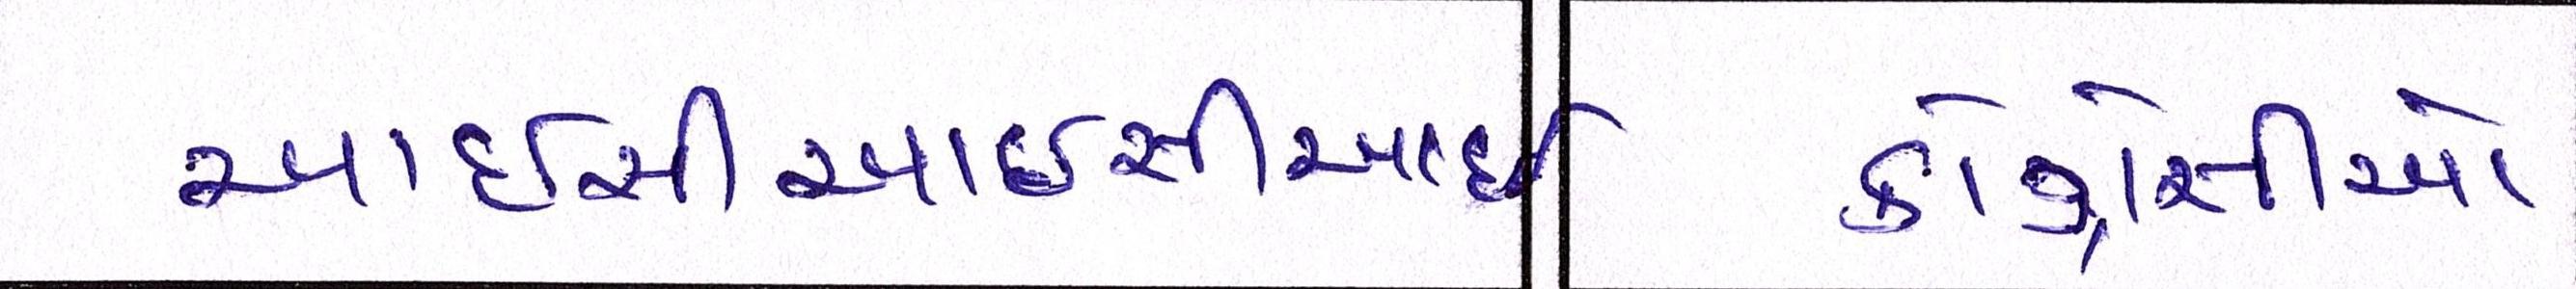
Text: આઇસીઆઇસીઆઇ